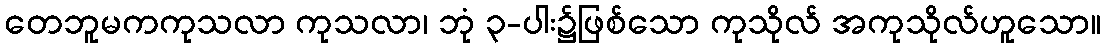
တေဘူမကကုသလာ ကုသလာ၊ ဘုံ ၃-ပါး၌ဖြစ်သော ကုသိုလ် အကုသိုလ်ဟူသော။